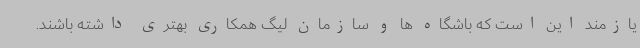
یازمند این است که باشگاه ها و سازمان لیگ همکاری بهتری داشته باشند.